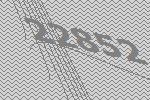
22852